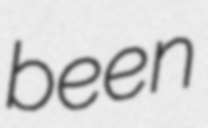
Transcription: been